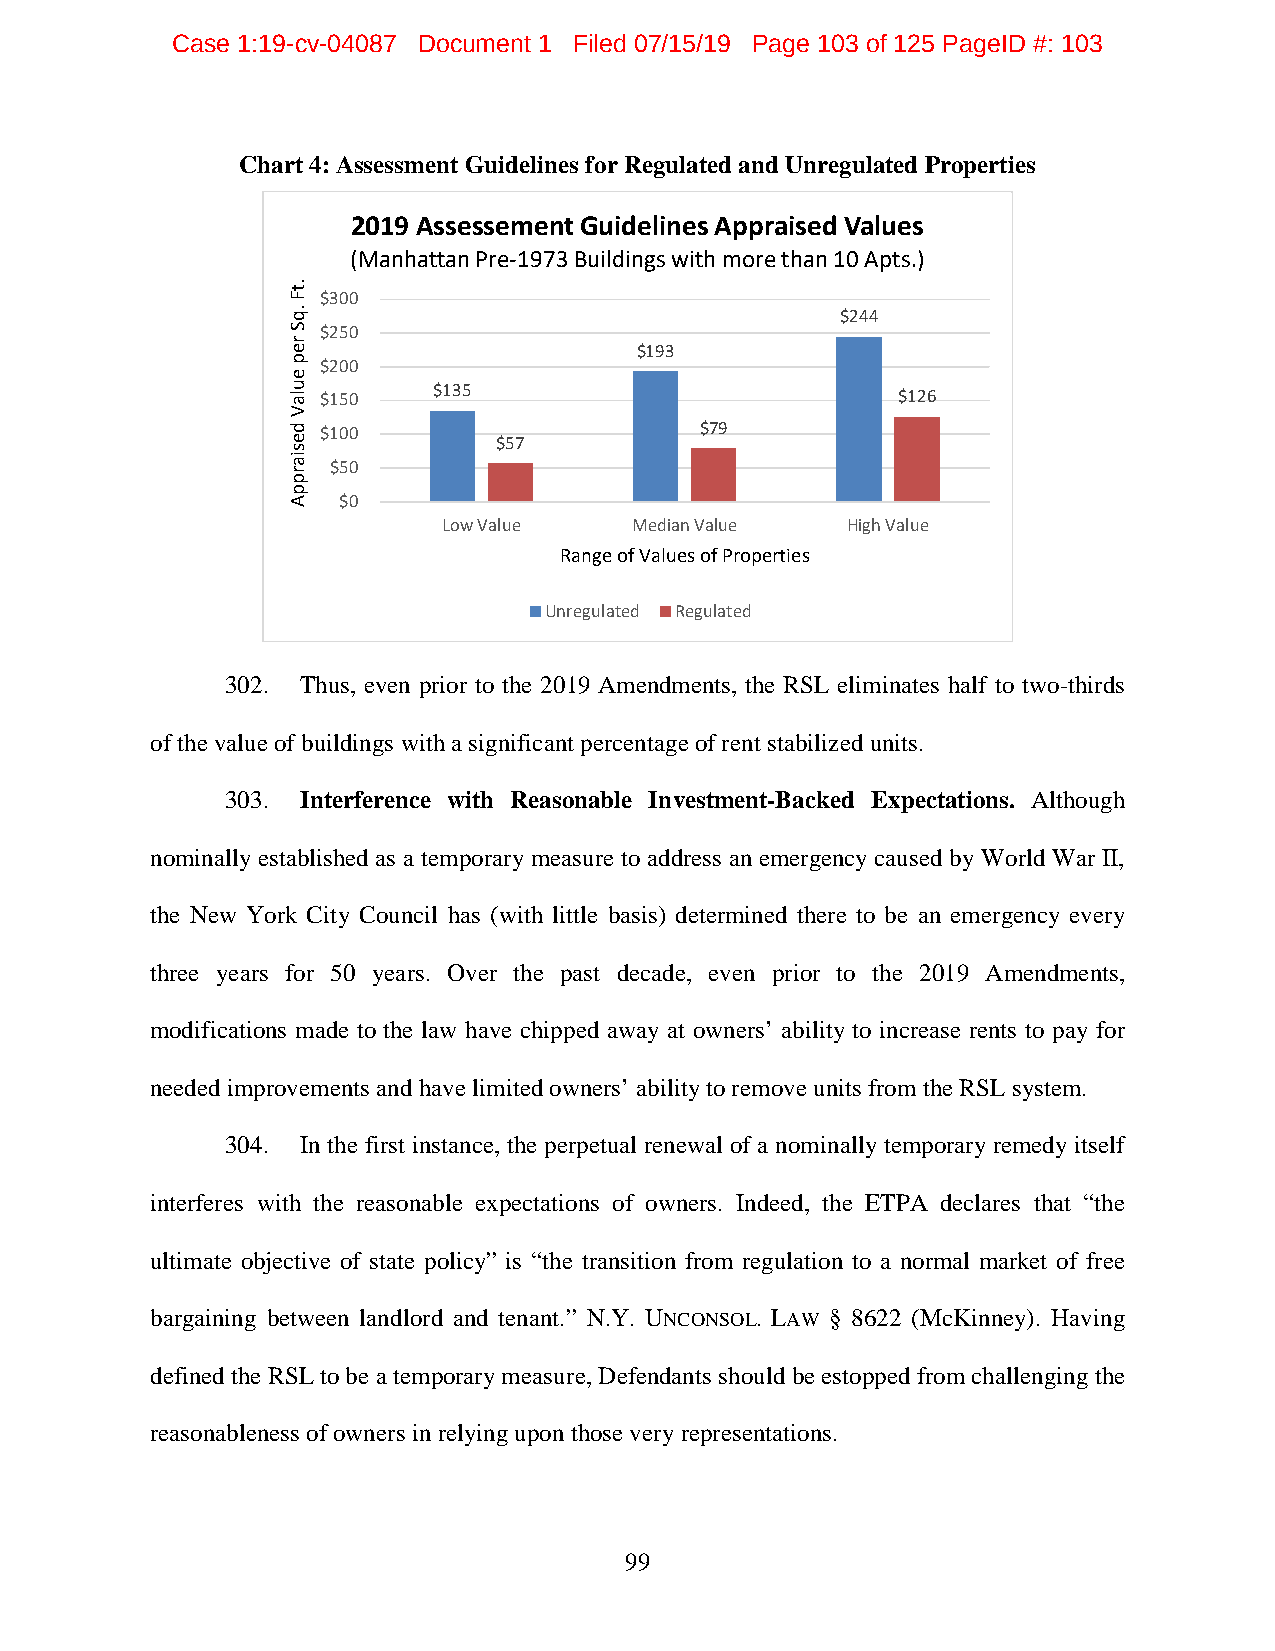
Case 1:19-cv-04087 Document 1 Filed 07/15/19 Page 103 of 125 PageID #: 103
 Chart 4: Assessment Guidelines for Regulated and Unregulated Properties
 2019 Assessement Guidelines Appraised Values
 (Manhattan Pre-1973 Buildings with more than 10 Apts.)
 $300
 $244
 $250
 $193
 $200
 $150    $135                          $126
 $100                     $79
 $57
 $50
 $0
 Low Value    Median Value  High Value
 Range of Values of Properties
 Unregulated Regulated
 302. Thus, even prior to the 2019 Amendments, the RSL eliminates half to two-thirds
 of the value of buildings with a significant percentage of rent stabilized units.
 303. Interference with Reasonable Investment-Backed Expectations. Although
 nominally established as a temporary measure to address an emergency caused by World War II,
 the New York City Council has (with little basis) determined there to be an emergency every
 three years for 50 years. Over the past decade, even prior to the 2019 Amendments,
 modifications made to the law have chipped away at owners’ ability to increase rents to pay for
 needed improvements and have limited owners’ ability to remove units from the RSL system.
 304. In the first instance, the perpetual renewal of a nominally temporary remedy itself
 interferes with the reasonable expectations of owners. Indeed, the ETPA declares that “the
 ultimate objective of state policy” is “the transition from regulation to a normal market of free
 bargaining between landlord and tenant.” N.Y. UNCONSOL. LAW § 8622 (McKinney). Having
 defined the RSL to be a temporary measure, Defendants should be estopped from challenging the
 reasonableness of owners in relying upon those very representations.
 99
 .tF
 .qS
 rep
 eulaV
 desiarppA